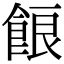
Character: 𩛡